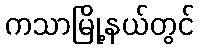
ကသာမြို့နယ်တွင်